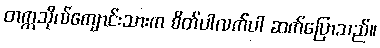
တက္ကသိုလ်ကျောင်းသားက စိတ်ပါလက်ပါ ဆက်ပြောသည်။